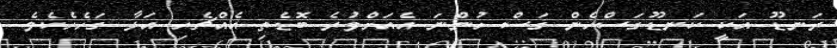
ރަނޑޫ އަކީ ކަނޑޫގަސްހެން ގަސް ހުންނަ އެއަށްވުރެ ބޮޑެތި އެއްޗެހި އަޅާ ގަހެހެކެވެ.